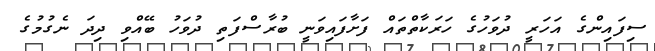
ސިފައިންގެ އަހަރީ ދުވަހުގެ ހަރަކާތްތައް ފަށާފައިވަނީ ބުރާސްފަތި ދުވަހު ބޭއްވި ދިދަ ނެގުމުގެ